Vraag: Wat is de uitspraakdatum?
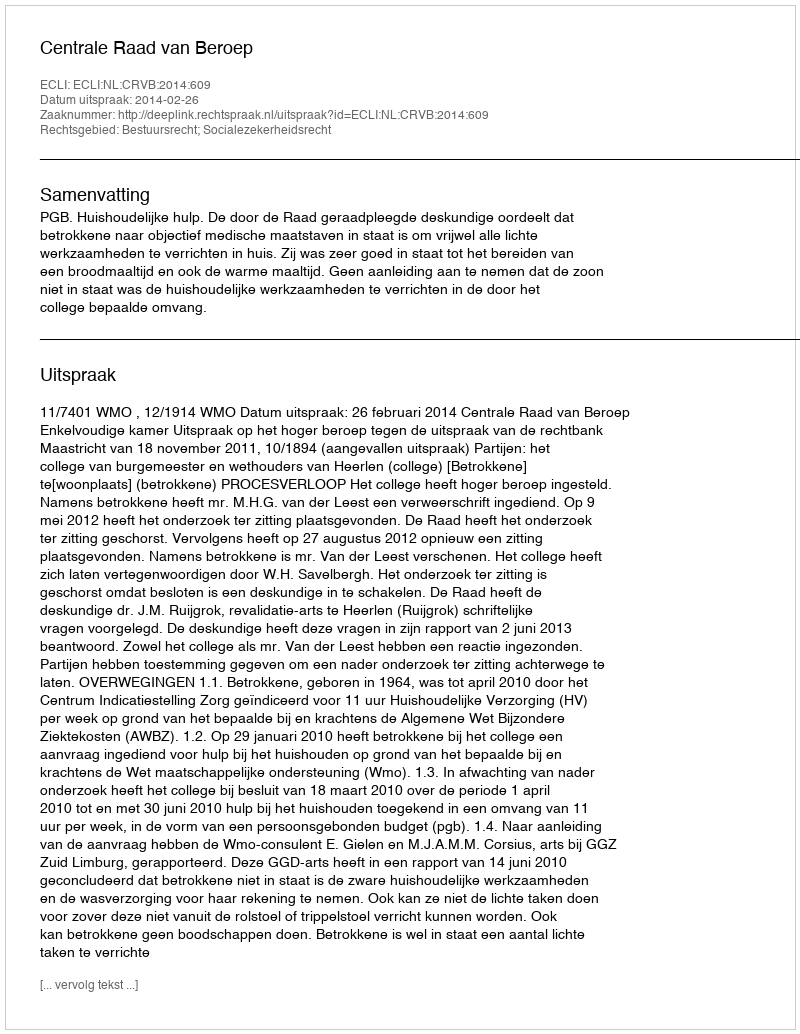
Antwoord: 2014-02-26